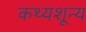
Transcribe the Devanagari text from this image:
कथ्यशून्य